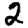
Digit: 2